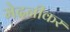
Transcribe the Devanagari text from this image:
मेदनीकर